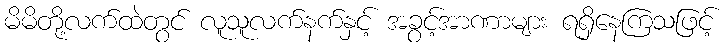
မိမိတို့လက်ထဲတွင် လူသူလက်နက်နှင့် အခွင့်အာဏာများ ရရှိနေကြသဖြင့်